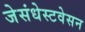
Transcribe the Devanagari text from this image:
जेसंधेस्टवेसन